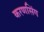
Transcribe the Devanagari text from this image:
करणसिंग